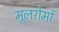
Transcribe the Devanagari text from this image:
मूलरोमों